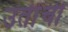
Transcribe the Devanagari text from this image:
उतींची